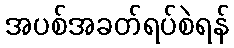
အပစ်အခတ်ရပ်စဲရန်